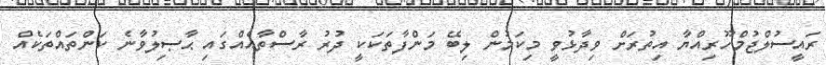
ރައީސުލްޖުމްހޫރިއްޔާ އިތުރަށް ވިދާޅުވީ މިކަމުން ލިބޭ މަންފާތަކަކީ ދުރު ރާސްތާއެއްގައި ޙާޞިލުވާނެ ކަންތައްތަކެއް